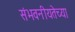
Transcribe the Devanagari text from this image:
संभवनीयतेच्या